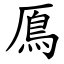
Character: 鳫